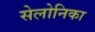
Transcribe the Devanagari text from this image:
सेलोनिका